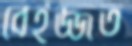
বেইজ্জত